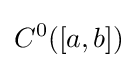
C^{0}([a,b])